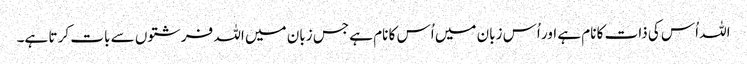
اللہ اُس کی ذات کا نام ہے اور اُس زبان میں اُس کا نام ہے جس زبان میں اللہ فرشتوں سے بات کر تا ہے۔